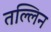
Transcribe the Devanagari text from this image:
तल्लिन